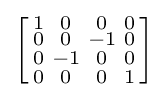
\left[{\begin{smallmatrix}1&0&0&0\\0&0&-1&0\\0&-1&0&0\\0&0&0&1\\\end{smallmatrix}}\right]